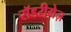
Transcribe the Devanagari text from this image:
रॉडरीगेज़